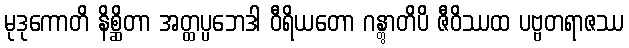
မုဒုကောတိ နိစ္ဆိတာ အတ္ထပ္ပဘေဒါ ဝီရိယတော ဂန္တွာတိပိ ဇီဝိဿထ ပဗ္ဗတရာဇဿ